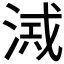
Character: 𣸂